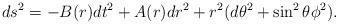
LaTeX: \begin{align*}d{s}^{2} = -B(r)d{t}^{2}+A(r)dr^2+r^2(d\theta^2+\sin^2\theta\phi^2).\end{align*}